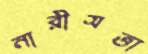
নারীসত্তা